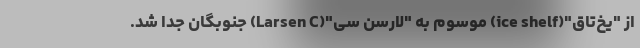
از "یخ‌تاق"(ice shelf) موسوم به "لارسن سی"(Larsen C) جنوبگان جدا شد.